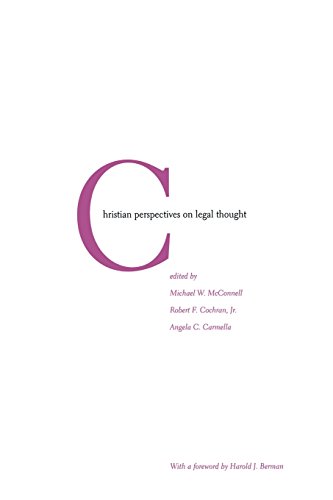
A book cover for Christian Perspectives on Legal Thought; Michael W. McConnell; Law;